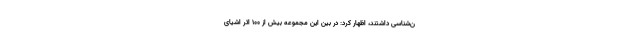
ن‌شناسی داشتند، اظهار کرد: در بین این مجموعه بیش از ۱۰۰ اثر اشیای